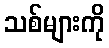
သစ်များကို